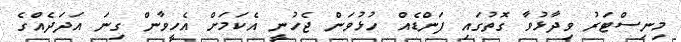
މިނިސްޓަރު ވިދާޅުވާ ގޮތުގައި ފަންޑެއް ހުޅުވަން ޖެހުނީ އެކަމަށް އެހީވާން ގިނަ އަދަދެއްގެ